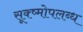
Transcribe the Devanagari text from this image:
सूक्ष्मोपलब्ध